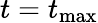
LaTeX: t=t_{\operatorname*{max}}